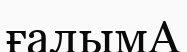
ғалымА